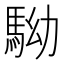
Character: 𩢒